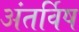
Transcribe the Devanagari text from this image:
अंतर्विष